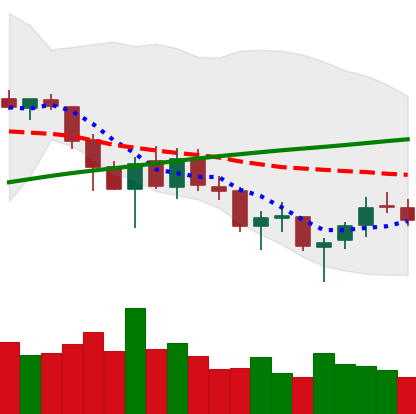
Ticker: LTC-USD
Chart end date: 2018-03-22
Forward return: -17.042%
Label: down_7plus